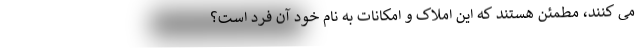
می کنند، مطمئن هستند که این املاک و امکانات به نام خود آن فرد است؟